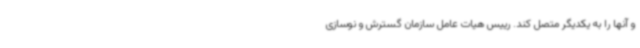
و آنها را به یکدیگر متصل کند. رییس هیات عامل سازمان گسترش و نوسازی